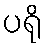
ပရို